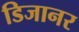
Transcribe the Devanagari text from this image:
डिजानर